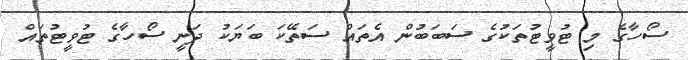
ސޯހާގެ މި ޓުވީޓުތަކުގެ ސަބަބުން އެތައް ސަތޭކަ ބަޔަކު ދަނީ ސޯހާގެ ޓުވީޓުތައް